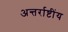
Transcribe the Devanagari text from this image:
अन्तर्राष्टींय